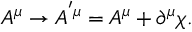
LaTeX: A ^ { \mu } \rightarrow A ^ { ^ { \prime } \mu } = A ^ { \mu } + \partial ^ { \mu } \chi .